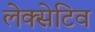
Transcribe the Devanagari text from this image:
लेक्सेटिव